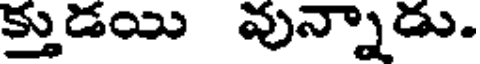
క్తుడయి వున్నాడు.